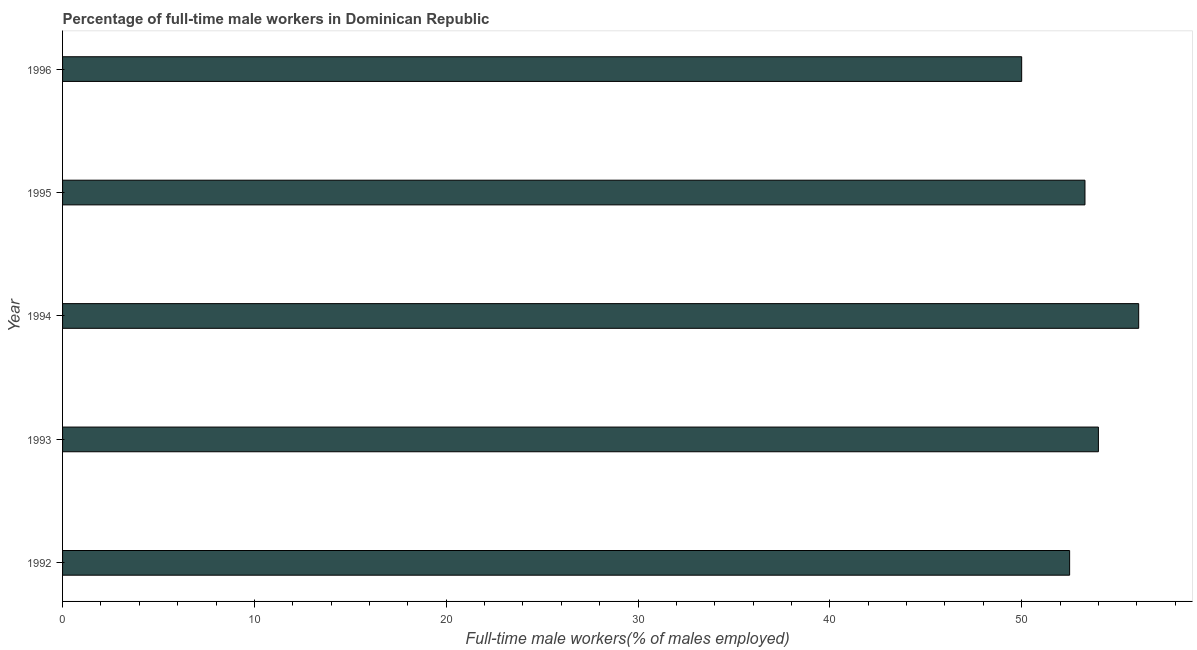
| Year | Wage and salary workers |
 | --- | --- |
 | 1992 | 52.5 |
 | 1993 | 54 |
 | 1994 | 56.1 |
 | 1995 | 53.3 |
 | 1996 | 50 |